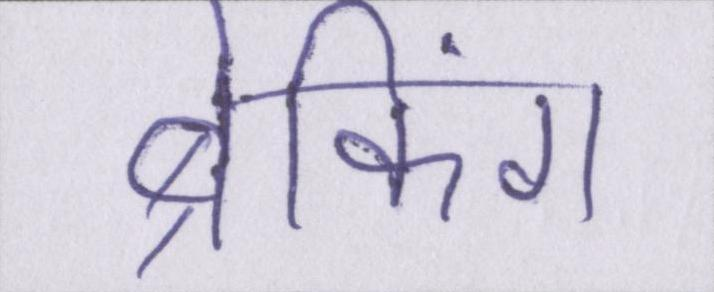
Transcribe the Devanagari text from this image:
ब्रेकिंग